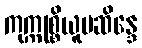
ကုက္ကုစ္စိယူပဆိန္ဒေ